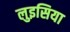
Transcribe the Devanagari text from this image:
लुइसिया